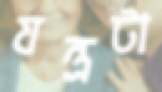
যন্ত্রটা